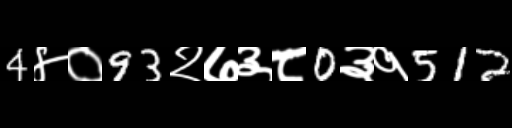
Text: 4४०93२७३८0३१512